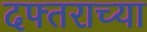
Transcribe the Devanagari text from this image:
दफ्तराच्या